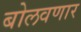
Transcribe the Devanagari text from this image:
बोलवणार